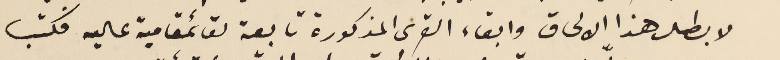
لا بطال هذا الالحاق وابقاء القرى المذكورة تابعة لقائمقامية عاليه فكتب